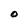
Character: O